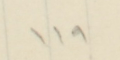
١١٩